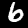
Label: 6